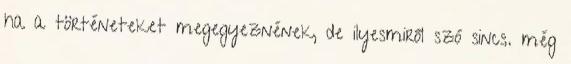
ha a történeteket megegyeznének, de ilyesmiről szó sincs. még